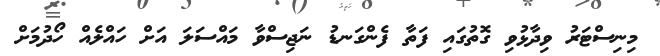
މިނިސްޓަރު ވިދާޅުވި ގޮތުގައި ފަތާ ފެންގަނޑު ނަޖިސްވާ މައްސަލަ އަށް ހައްލެއް ހޯދުމަށް